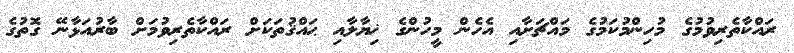
ރައްކާތެރިވުމުގެ މުހިންމުކަމުގެ މައްޗަށާއި އެހެން މީހުންގެ ޚިޔާލާއި ޙައްޤުތަކަށް ރައްކާތެރިވުމަށް ބާރުއަޅާނޭ ގޮތުގެ